Indian journal of veterinary science and animal husbandry - Volume 8,
Year: 1938
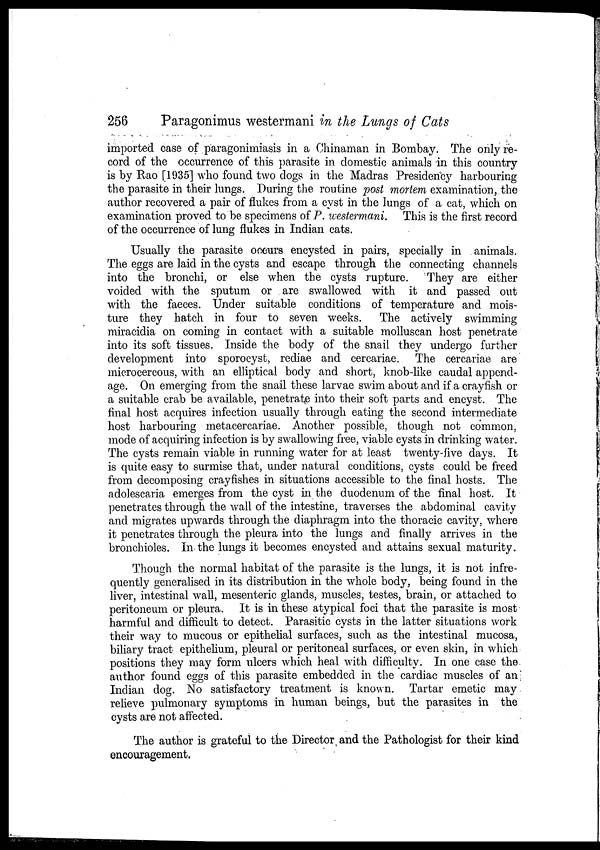
256
Paragonimus westermani in the Lungs of Cats
imported case of paragonimiasis in a Chinaman in Bombay. The only re-
cord of the occurrence of this parasite in domestic animals in this country
is by Rao [1935] who found two dogs in the Madras Presidency harbouring
the parasite in their lungs. During the routine post mortem examination, the
author recovered a pair of flukes from a cyst in the lungs of a cat, which on
examination proved to be specimens of P. westermani. This is the first record
of the occurrence of lung flukes in Indian cats.
Usually the parasite occurs encysted in pairs, specially in animals.
The eggs are laid in the cysts and escape through the connecting channels
into the bronchi, or else when the cysts rupture.
They are either
voided with the sputum or are swallowed with it and passed out
with the faeces. Under suitable conditions of temperature and mois-
ture they hatch in four to seven weeks. The actively swimming
miracidia on coming in contact with a suitable molluscan host penetrate
into its soft tissues. Inside the body of the snail they undergo further
development into sporocyst, rediae and cercariae. The cercariae are
microcercous, with an elliptical body and short, knob-like caudal append-
age. On emerging from the snail these larvae swim about and if a crayfish or
a suitable crab be available, penetrate into their soft parts and encyst. The
final host acquires infection usually through eating the second intermediate
host harbouring metacercariae. Another possible, though not common,
mode of acquiring infection is by swallowing free, viable cysts in drinking water.
The cysts remain viable in running water for at least twenty-five days. It
is quite easy to surmise that, under natural conditions, cysts could be freed
from decomposing crayfishes in situations accessible to the final hosts. The
adolescaria emerges from the cyst in the duodenum of the final host. It
penetrates through the wall of the intestine, traverses the abdominal cavity
and migrates upwards through the diaphragm into the thoracic cavity, where
it penetrates through the pleura into the lungs and finally arrives in the
bronchioles. In the lungs it becomes encysted and attains sexual maturity.
Though the normal habitat of the parasite is the lungs, it is not infre-
quently generalised in its distribution in the whole body, being found in the
liver, intestinal wall, mesenteric glands, muscles, testes, brain, or attached to
peritoneum or pleura. It is in these atypical foci that the parasite is most
harmful and difficult to detect. Parasitic cysts in the latter situations work
their way to mucous or epithelial surfaces, such as the intestinal mucosa,
biliary tract epithelium, pleural or peritoneal surfaces, or even skin, in which
positions they may form ulcers which heal with difficulty. In one case the
author found eggs of this parasite embedded in the cardiac muscles of an
Indian dog. No satisfactory treatment is known. Tartar emetic may
relieve pulmonary symptoms in human beings, but the parasites in the
cysts are not affected.
The author is grateful to the Director and the Pathologist for their kind
encouragement.